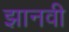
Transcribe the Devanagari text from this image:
झानवी